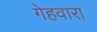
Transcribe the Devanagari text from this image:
गेहवारा